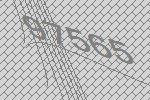
97565